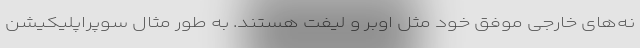
نه‌های خارجی موفق خود مثل اوبر و لیفت هستند. به طور مثال سوپراپلیکیشن